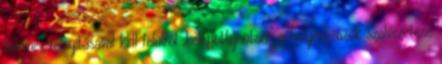
tűlemez felnyitásával kell felülről „belepottyantani” a helyére, azok szálvezetése